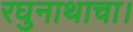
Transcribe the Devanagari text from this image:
रघुनाथाचा।